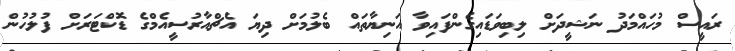
ރައީސް މުހައްމަދު ނަޝީދަށް ލިބިވަޑައިގެންފައިވާ އަނިޔާތައް ބެލުމަށް ދިޔަ އެޗްއާރުސީއެމްގެ ޑޮކްޓަރަށް ފުލުހުން